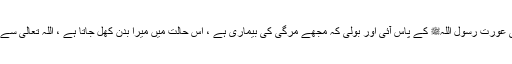
انہوں نے کہا کہ یہ کالی عورت رسول اللہﷺ کے پاس آئی اور بولی کہ مجھے مرگی کی بیماری ہے ، اس حالت میں میرا بدن کھل جاتا ہے ، اللہ تعالیٰ سے میرے لئے دعا کیجئے۔